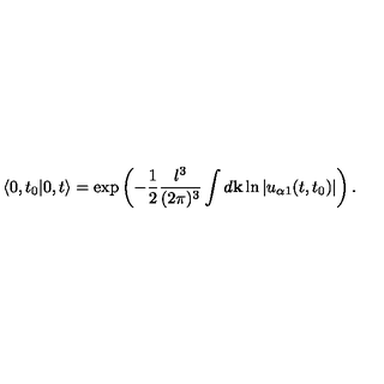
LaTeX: \left< 0 , t _ { 0 } | 0 , t \right> = \exp \left( - \frac { 1 } { 2 } \frac { l ^ { 3 } } { ( 2 \pi ) ^ { 3 } } \int d { \bf k } \ln | u _ { \alpha 1 } ( t , t _ { 0 } ) | \right) .